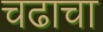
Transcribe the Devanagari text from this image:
चढाचा